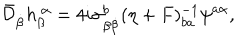
LaTeX: \bar { \cal D } _ { \dot { \beta } } h _ { \beta } ^ { ~ \alpha } = 4 i \sigma _ { \beta { \dot { \beta } } } ^ { b } ( \eta + F ) _ { b a } ^ { - 1 } \psi ^ { a \alpha } ,